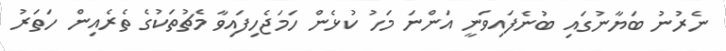
ނެރުނު ބަޔާނުގައި ބުނެފައިވަނީ އަންނަ މަހު ކުޅެން ހަމަޖެހިފައިވާ މެޗުތަކުގެ ތެރެއިން ހަތަރު